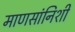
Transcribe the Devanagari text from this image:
माणसांनिशी